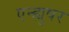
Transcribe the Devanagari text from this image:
एन्ह्युषर